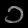
Digit: ၁